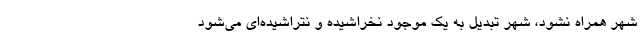
شهر همراه نشود، شهر تبدیل به یک موجود نخراشیده و نتراشیده‌ای می‌شود